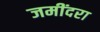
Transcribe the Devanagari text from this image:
जमींदरा